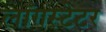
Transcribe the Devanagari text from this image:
लाँगस्टेटर